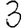
Digit: 3